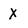
Character: X